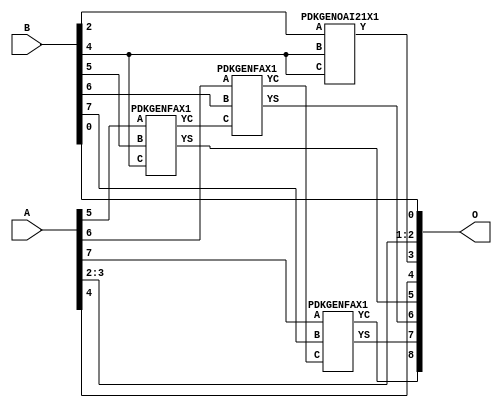
// This program was cloned from: https://github.com/ehw-fit/evoapproxlib
// License: MIT License

/***
* This code is a part of EvoApproxLib library (ehw.fit.vutbr.cz/approxlib) distributed under The MIT License.
* When used, please cite the following article(s): V. Mrazek, R. Hrbacek, Z. Vasicek and L. Sekanina, "EvoApprox8b: Library of approximate adders and multipliers for circuit design and benchmarking of approximation methods". Design, Automation & Test in Europe Conference & Exhibition (DATE), 2017, Lausanne, 2017, pp. 258-261. doi: 10.23919/DATE.2017.7926993 
* This file contains a circuit from a sub-set of pareto optimal circuits with respect to the pwr and mae parameters
***/
// MAE% = 1.05 %
// MAE = 5.4 
// WCE% = 3.12 %
// WCE = 16 
// WCRE% = 800.00 %
// EP% = 94.14 %
// MRE% = 2.93 %
// MSE = 44 
// PDK45_PWR = 0.012 mW
// PDK45_AREA = 28.2 um2
// PDK45_DELAY = 0.27 ns


module add8u_5SY(A, B, O);
  input [7:0] A;
  input [7:0] B;
  output [8:0] O;
  wire [2031:0] N;
  assign N[0] = A[0];
  assign N[1] = A[0];
  assign N[2] = A[1];
  assign N[3] = A[1];
  assign N[4] = A[2];
  assign N[5] = A[2];
  assign N[6] = A[3];
  assign N[7] = A[3];
  assign N[8] = A[4];
  assign N[9] = A[4];
  assign N[10] = A[5];
  assign N[11] = A[5];
  assign N[12] = A[6];
  assign N[13] = A[6];
  assign N[14] = A[7];
  assign N[15] = A[7];
  assign N[16] = B[0];
  assign N[17] = B[0];
  assign N[18] = B[1];
  assign N[19] = B[1];
  assign N[20] = B[2];
  assign N[21] = B[2];
  assign N[22] = B[3];
  assign N[23] = B[3];
  assign N[24] = B[4];
  assign N[25] = B[4];
  assign N[26] = B[5];
  assign N[27] = B[5];
  assign N[28] = B[6];
  assign N[29] = B[6];
  assign N[30] = B[7];
  assign N[31] = B[7];
  PDKGENOAI21X1 n108(.A(N[20]), .B(N[24]), .C(N[24]), .Y(N[108]));
  PDKGENFAX1 n282(.A(N[10]), .B(N[26]), .C(N[24]), .YS(N[282]), .YC(N[283]));
  PDKGENFAX1 n332(.A(N[12]), .B(N[28]), .C(N[283]), .YS(N[332]), .YC(N[333]));
  PDKGENFAX1 n382(.A(N[14]), .B(N[30]), .C(N[333]), .YS(N[382]), .YC(N[383]));
  assign O[0] = N[16];
  assign O[1] = N[4];
  assign O[2] = N[6];
  assign O[3] = N[108];
  assign O[4] = N[8];
  assign O[5] = N[282];
  assign O[6] = N[332];
  assign O[7] = N[382];
  assign O[8] = N[383];
endmodule


/* mod */
module PDKGENOAI21X1( input A, input B, input C, output Y );
    assign Y = ~((A | B) & C);
endmodule
/* mod */
module PDKGENFAX1( input A, input B, input C, output YS, output YC );
    assign YS = (A ^ B) ^ C;
    assign YC = (A & B) | (B & C) | (A & C);
endmodule